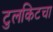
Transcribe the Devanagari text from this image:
टुलकिटचा